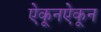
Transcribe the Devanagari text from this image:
ऐकूनऐकून